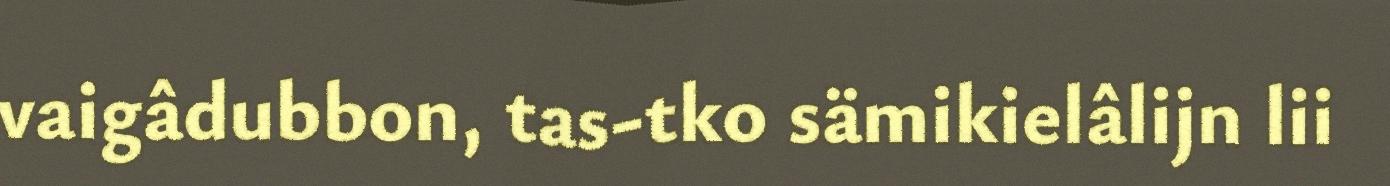
vaigâdubbon, tas-tko sämikielâlijn lii